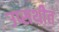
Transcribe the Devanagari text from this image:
उप्सथीत